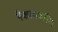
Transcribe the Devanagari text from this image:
मैकलाफलिन